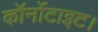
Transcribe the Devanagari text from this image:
कॉर्नोटाइट।